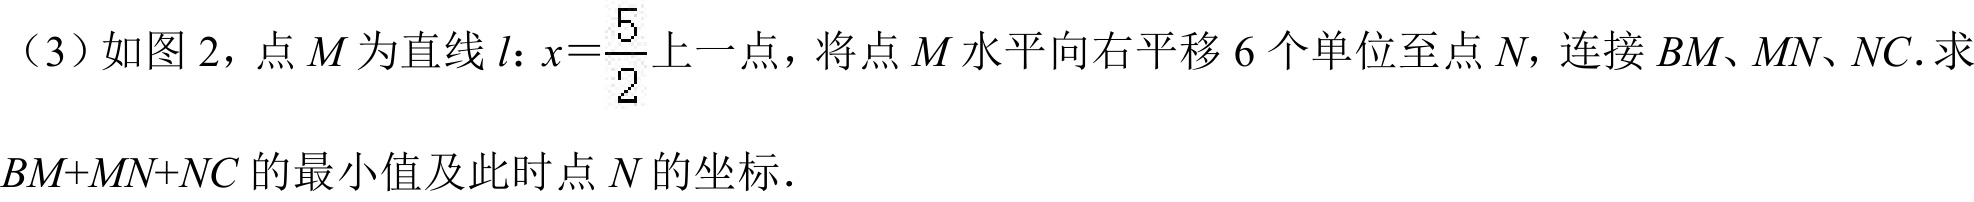
（3）如图 2，点\(M\)为直线\(l\)：\(x = \frac{5}{2}\)上一点，将点\(M\)水平向右平移\(6\)个单位至点\(N\)，连接\(BM、MN、NC\). 求
\(BM + MN+NC\)的最小值及此时点\(N\)的坐标．